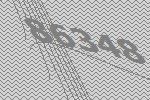
86348